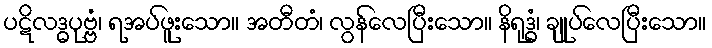
ပဋိလဒ္ဓပုဗ္ဗံ၊ ရအပ်ဖူးသော။ အတီတံ၊ လွန်လေပြီးသော။ နိရုဒ္ဓံ၊ ချုပ်လေပြီးသော။